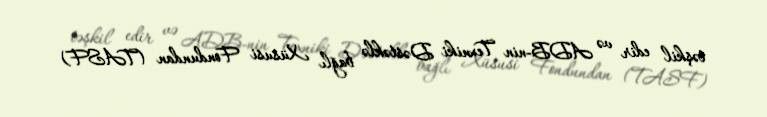
təşkil edir və ADB-nin Texniki Dəstəklə bağlı Xüsusi Fondundan (TASF)